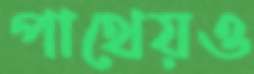
পাথেয়ও